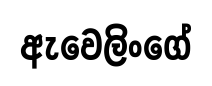
ඇවෙලිංගේ